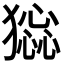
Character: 𤡧